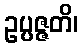
ဥပ္ပဇ္ဇတိ၊